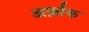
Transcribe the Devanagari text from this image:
अर्फ़ाक